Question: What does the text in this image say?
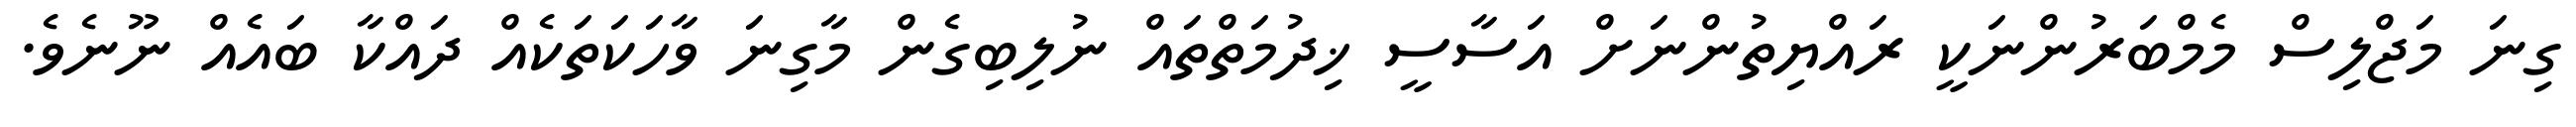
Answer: ގިނަ މަޖްލިސް މެމްބަރުންނަކީ ރައްޔިތުންނަށް އަސާސީ ޚިދުމަތްތައް ނުލިބިގެން މާގިނަ ވާހަކަތަކެއް ދައްކާ ބައެއް ނޫނެވެ.